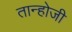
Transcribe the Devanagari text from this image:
तान्होजी